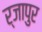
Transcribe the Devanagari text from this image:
र्जापुर